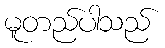
မူတည်ပါသည်